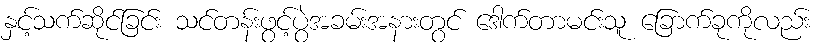
နှင့်သက်ဆိုင်ခြင်း သင်တန်းဖွင့်ပွဲအခမ်းအနားတွင် ဒေါက်တာမင်းသူ ခြောက်ခုကိုလည်း